system: You are a helpful assistant.
user:
Analyze the provided spectrum to determine if it is a **White Dwarf (WD)**.

A White Dwarf spectrum is defined by its **extreme purity** (due to gravitational settling) and/or **extreme pressure broadening** (due to high surface gravity). You must check for one of the following mutually exclusive signatures:

- **Key Visual Indicators (Check for ONE of these types):**

    - **1. DA-Type Signature (Most Common):**
        - **(Primary Feature):** Extreme pressure broadening (Stark broadening) of the **Hydrogen (H) Balmer lines**.
        - **(Key Lines):** $H\beta$ (approx. $4861$ Å) and $H\gamma$ (approx. $4340$ Å). $H\alpha$ (approx. $6563$ Å) will also be present if the wavelength range covers it.
        - **(Line Profile):** This is the **defining feature**. The lines are **NOT** sharp. They appear as massive, **extremely broad and deep "troughs" or "dips"** in the spectrum, often hundreds of Ångströms wide. The continuum will appear to "scoop" down at these wavelengths.
        - **(Distinction):** Normal A-type or B-type stars have *narrow* and *sharp* Hydrogen lines. A DA White Dwarf's lines are unmistakably "smeared" or "blurry" from pressure.

    - **2. DB-Type Signature:**
        - **(Primary Feature):** Broad absorption lines from **Neutral Helium (He I)**. The spectrum must lack any visible Hydrogen lines.
        - **(Key Lines):** Look for broad absorption near $4471$ Å, $4921$ Å, and $5876$ Å.
        - **(Line Profile):** These lines are also significantly pressure-broadened, appearing much wider than they would in a normal B-type main-sequence star.

    - **3. DC-Type Signature:**
        - **(Primary Feature):** A **featureless continuous spectrum**.
        - **(Line Profile):** The spectrum is a smooth curve with **no significant absorption or emission lines**.
        - **(Key Confirmation):** The continuum is almost always **blue or white**, indicating a hot object. This signature implies the atmosphere is so pure (or so cool) that no spectral lines are visible in the optical range. Its WD identity is confirmed by its extremely low intrinsic brightness (high absolute magnitude).

    - **4. DZ-Type Signature (Metal-Polluted):**
        - **(Primary Feature):** **Isolated, narrow metal absorption lines** on an otherwise featureless (DC-like) continuum.
        - **(Key Lines):** The **Calcium (Ca II) H & K doublet** (approx. **$3934$ Å** and **$3968$ Å**) is the most common and defining feature.
        - **(Line Profile):** These lines are "out of place." They are *not* part of a "forest" of thousands of lines. This signature is evidence of recent *accretion* (pollution) from rocky debris.
        - **(Distinction):** Normal G/K/M stars have a *dense forest* of thousands of metal lines. A DZ has a *clean* continuum with *only a few* strong metal lines.

    - **5. DQ-Type Signature (Carbon-Polluted):**
        - **(Primary Feature):** Absorption bands from **Carbon (C₂ "Swan Bands" or atomic C I)**.
        - **(Key Lines - C₂):** Look for bandheads with a "saw-tooth" shape near $5635$ Å, **$5165$ Å** (strongest), and $4737$ Å.
        - **(Key Confirmation):** The underlying **continuum must be blue or white** (hot).
        - **(Distinction):** This is the critical difference from a **Carbon Star**, which has the *exact same* C₂ bands but on an extremely **red, cool** continuum.

- **(Overall Spectrum):**
    - The continuum (overall shape) is typically **blue-sloping** (brighter in the blue than the red), as most white dwarfs are very hot.
    - The spectrum will look "pure" or "simple," dominated by only *one* of the five signatures listed above.

Think first, call **spectral_visualization_tool** if needed to examine features in detail, then provide your final answer. Your response must adhere to the following strict rules:
1.  **Overall Structure:** Your response must follow the format `<think>...</think> <tool_call>...</tool_call> (if a tool is used) <answer>...</answer>`.
2.  **Tool Usage Constraint:** You may only make **one** tool call per turn.
3.  **Final Answer Format:** In the `<answer>` tag, your conclusion must be inside a `\boxed{}` command (e.g., `\boxed{YES}` or `\boxed{NO}`), followed by your justification.

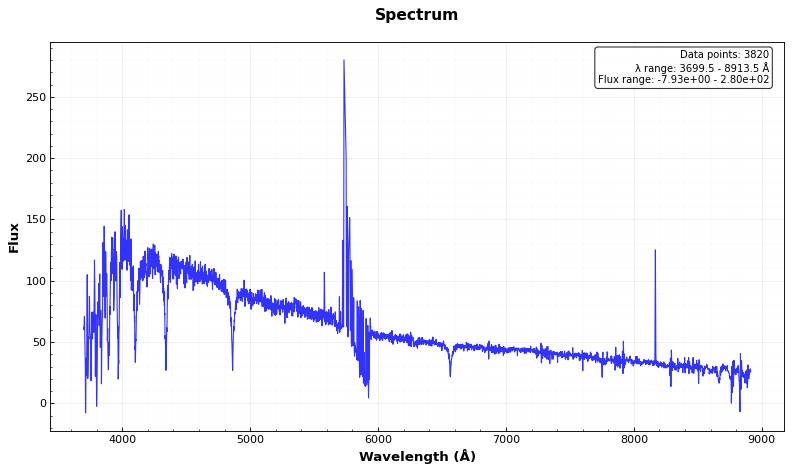
Answer: YES